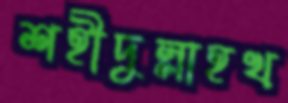
শহীদুল্লাহখ